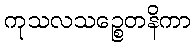
ကုသလသဉ္စေတနိကာ